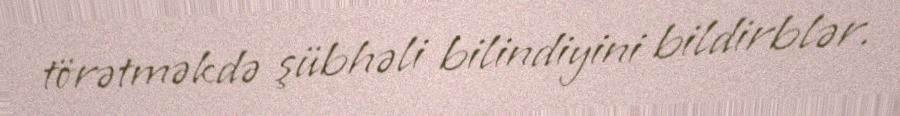
törətməkdə şübhəli bilindiyini bildirblər.